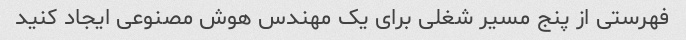
فهرستی از پنج مسیر شغلی برای یک مهندس هوش مصنوعی ایجاد کنید